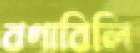
বগাবিলি